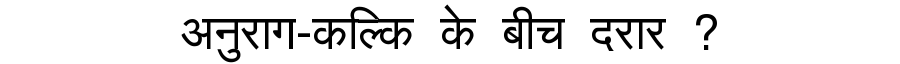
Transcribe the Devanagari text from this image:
अनुराग-कल्कि के बीच दरार ?